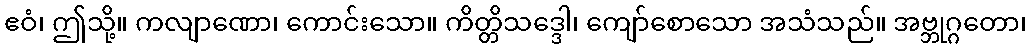
ဧဝံ၊ ဤသို့။ ကလျာဏော၊ ကောင်းသော။ ကိတ္တိသဒ္ဒေါ၊ ကျော်စောသော အသံသည်။ အဗ္ဘုဂ္ဂတော၊